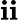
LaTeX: \mathbf{i}\mathbf{i}